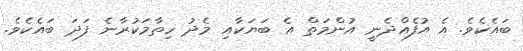
ބައެކެވެ. އެ އުފެއްދެނީ އުންމަތް އެ ބަޔަކާއި މެދު ހިތާމަކުރާނެ ފަދަ ބައެކެވެ.